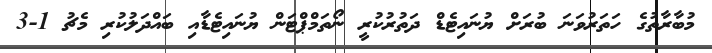
މުބާރާތުގެ ހަތަރުވަނަ ބުރަށް ޔުނައިޓެޑް ދަތުރުކުރީ ނޯތަމްޕްޓަން ޔުނައިޓެޑާއި ބައްދަލުކުރި މެޗު 1-3